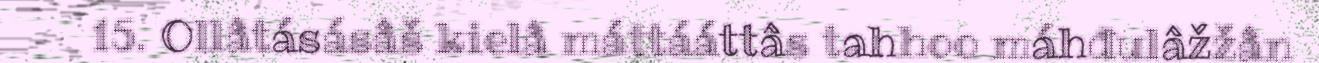
15. Ollâtásásâš kielâ máttááttâs tahhoo máhđulâžžân